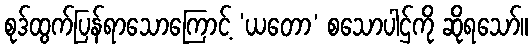
စုဒ်ထွက်ပြန်ရာသောကြောင့် ‘ယတော’ စသောပါဌ်ကို ဆိုရသော်။